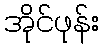
အိုင်ဖုန်း